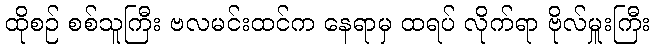
ထိုစဉ် စစ်သူကြီး ဗလမင်းထင်က နေရာမှ ထရပ် လိုက်ရာ ဗိုလ်မှူးကြီး